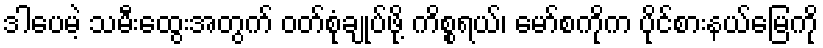
ဒါပေမဲ့ သမီးထွေးအတွက် ဝတ်စုံချုပ်ဖို့ ကိစ္စရယ်၊ မော်စကိုက ပိုင်စားနယ်မြေကို